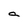
Character: a